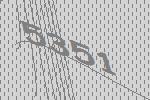
5351